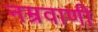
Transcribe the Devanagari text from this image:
नम्रवाणी